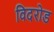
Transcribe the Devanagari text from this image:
विदरोड